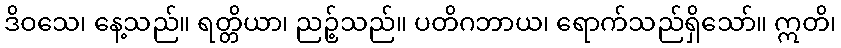
ဒိဝသေ၊ နေ့သည်။ ရတ္တိယာ၊ ညဉ့်သည်။ ပတိဂဘာယ၊ ရောက်သည်ရှိသော်။ ဣတိ၊